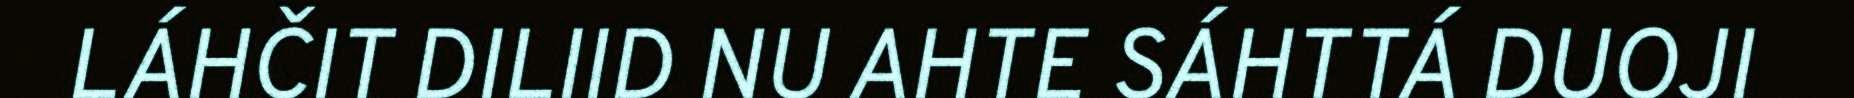
LÁHČIT DILIID NU AHTE SÁHTTÁ DUOJI